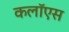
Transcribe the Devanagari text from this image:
कलॉएस